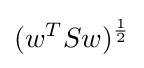
(w^{T}Sw)^{\frac {1}{2}}